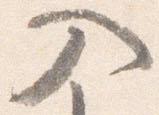
入